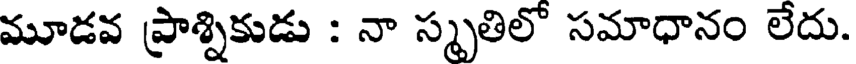
మూడవ ప్రాశ్నికుడు : నా స్మృతిలో సమాధానం లేదు.